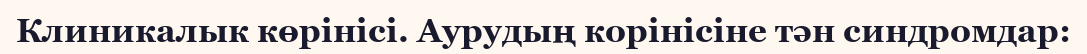
Клиникалык көрінісі. Аурудың корінісіне тән синдромдар: